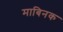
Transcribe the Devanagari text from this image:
माबिनक